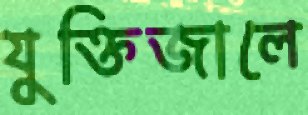
যুক্তিজালে